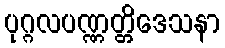
ပုဂ္ဂလပဏ္ဏတ္တိဒေသနာ